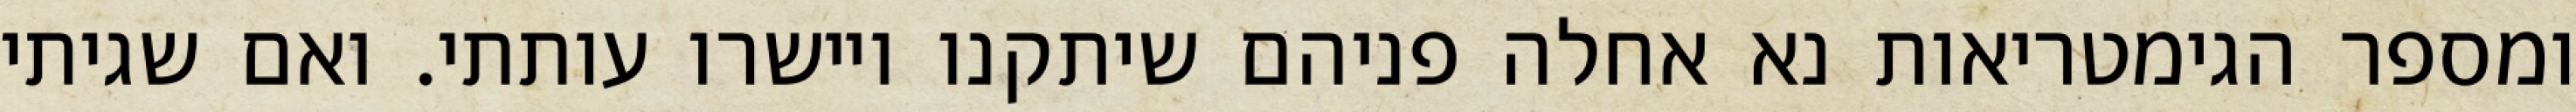
ומספר הגימטריאות נא אחלה פניהם שיתקנו ויישרו עותתי. ואם שגיתי